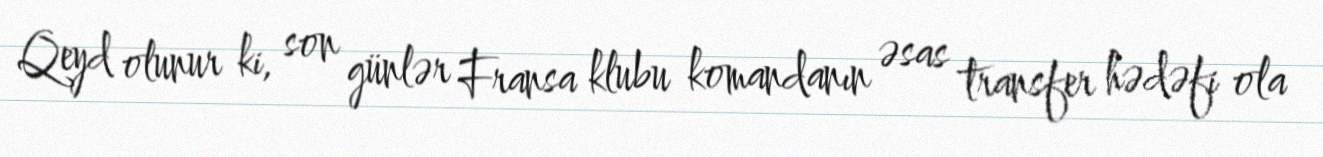
Qeyd olunur ki, son günlər Fransa klubu komandanın əsas transfer hədəfi ola